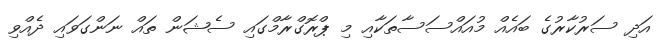
އަދި ސަރުކާރުގެ ބައެއް މުއައްސަސާތަކާއި މި ޕްރޮގްރާމްގައި ސެޝަން ތައް ނަންގަވައި ދެއްވި